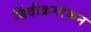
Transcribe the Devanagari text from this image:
बिंदीक्रमांकन